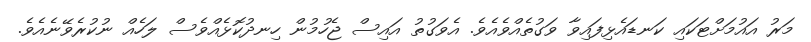
މަރު އައުމަށްޓަކައި ކަނޑައެޅިފައިވާ ވަގުތެއްވެއެވެ. އެވަގުތު އައިސް ޖެހުމުން ހިނދުކޮޅެއްވެސް ލަހެއް ނުކުރެވޭނެއެވެ.